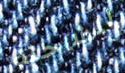
للشاحنة